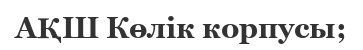
АҚШ Көлік корпусы;